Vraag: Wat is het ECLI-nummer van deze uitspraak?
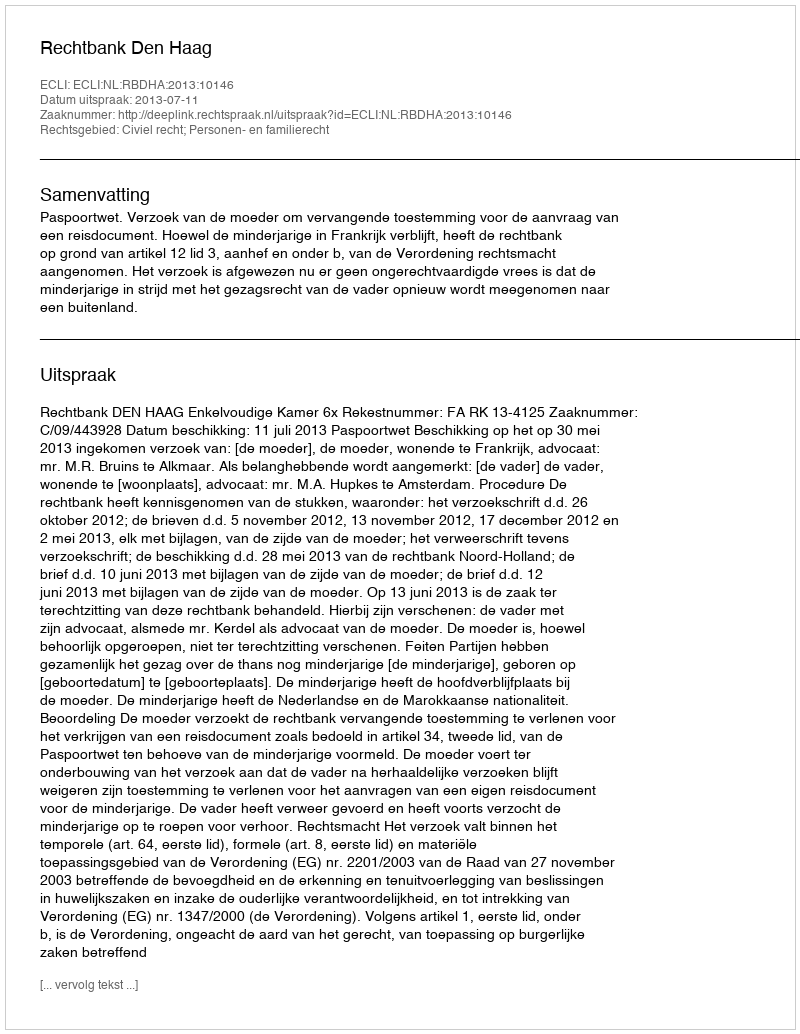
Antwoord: ECLI:NL:RBDHA:2013:10146